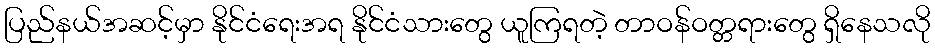
ပြည်နယ်အဆင့်မှာ နိုင်ငံရေးအရ နိုင်ငံသားတွေ ယူကြရတဲ့ တာဝန်ဝတ္တရားတွေ ရှိနေသလို